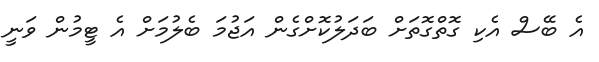
އެ ބޭސް އެކި ގޮތްގޮތަށް ބަދަލުކޮށްގެން އަޖުމަ ބެލުމަށް އެ ޓީމުން ވަނީ